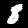
Digit: 8